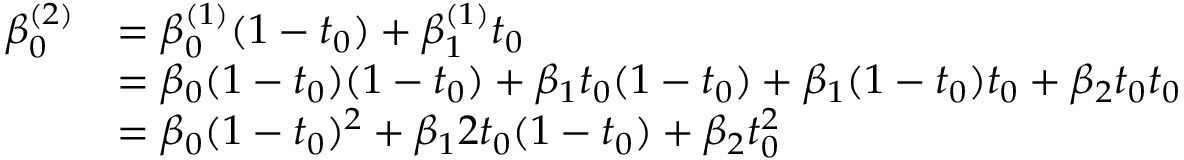
{ \begin{array} { r l } { \beta _ { 0 } ^ { ( 2 ) } } & { = \beta _ { 0 } ^ { ( 1 ) } ( 1 - t _ { 0 } ) + \beta _ { 1 } ^ { ( 1 ) } t _ { 0 } } \\ { \ } & { = \beta _ { 0 } ( 1 - t _ { 0 } ) ( 1 - t _ { 0 } ) + \beta _ { 1 } t _ { 0 } ( 1 - t _ { 0 } ) + \beta _ { 1 } ( 1 - t _ { 0 } ) t _ { 0 } + \beta _ { 2 } t _ { 0 } t _ { 0 } } \\ { \ } & { = \beta _ { 0 } ( 1 - t _ { 0 } ) ^ { 2 } + \beta _ { 1 } 2 t _ { 0 } ( 1 - t _ { 0 } ) + \beta _ { 2 } t _ { 0 } ^ { 2 } } \end{array} }